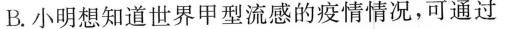
B.小明想知道世界甲型流感的疫情情况，可通过